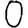
Digit: 0